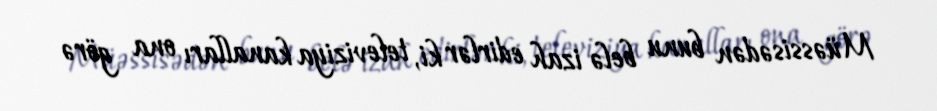
Müəssisədən bunu belə izah edirlər ki, televiziya kanalları ona görə